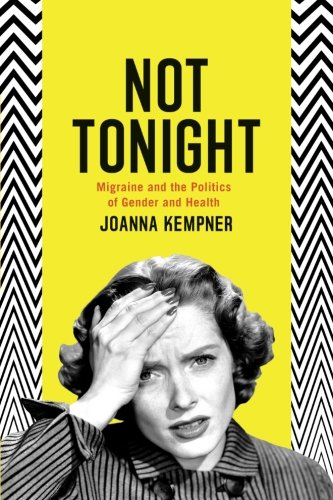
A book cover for Not Tonight: Migraine and the Politics of Gender and Health; Joanna Kempner; Health, Fitness & Dieting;